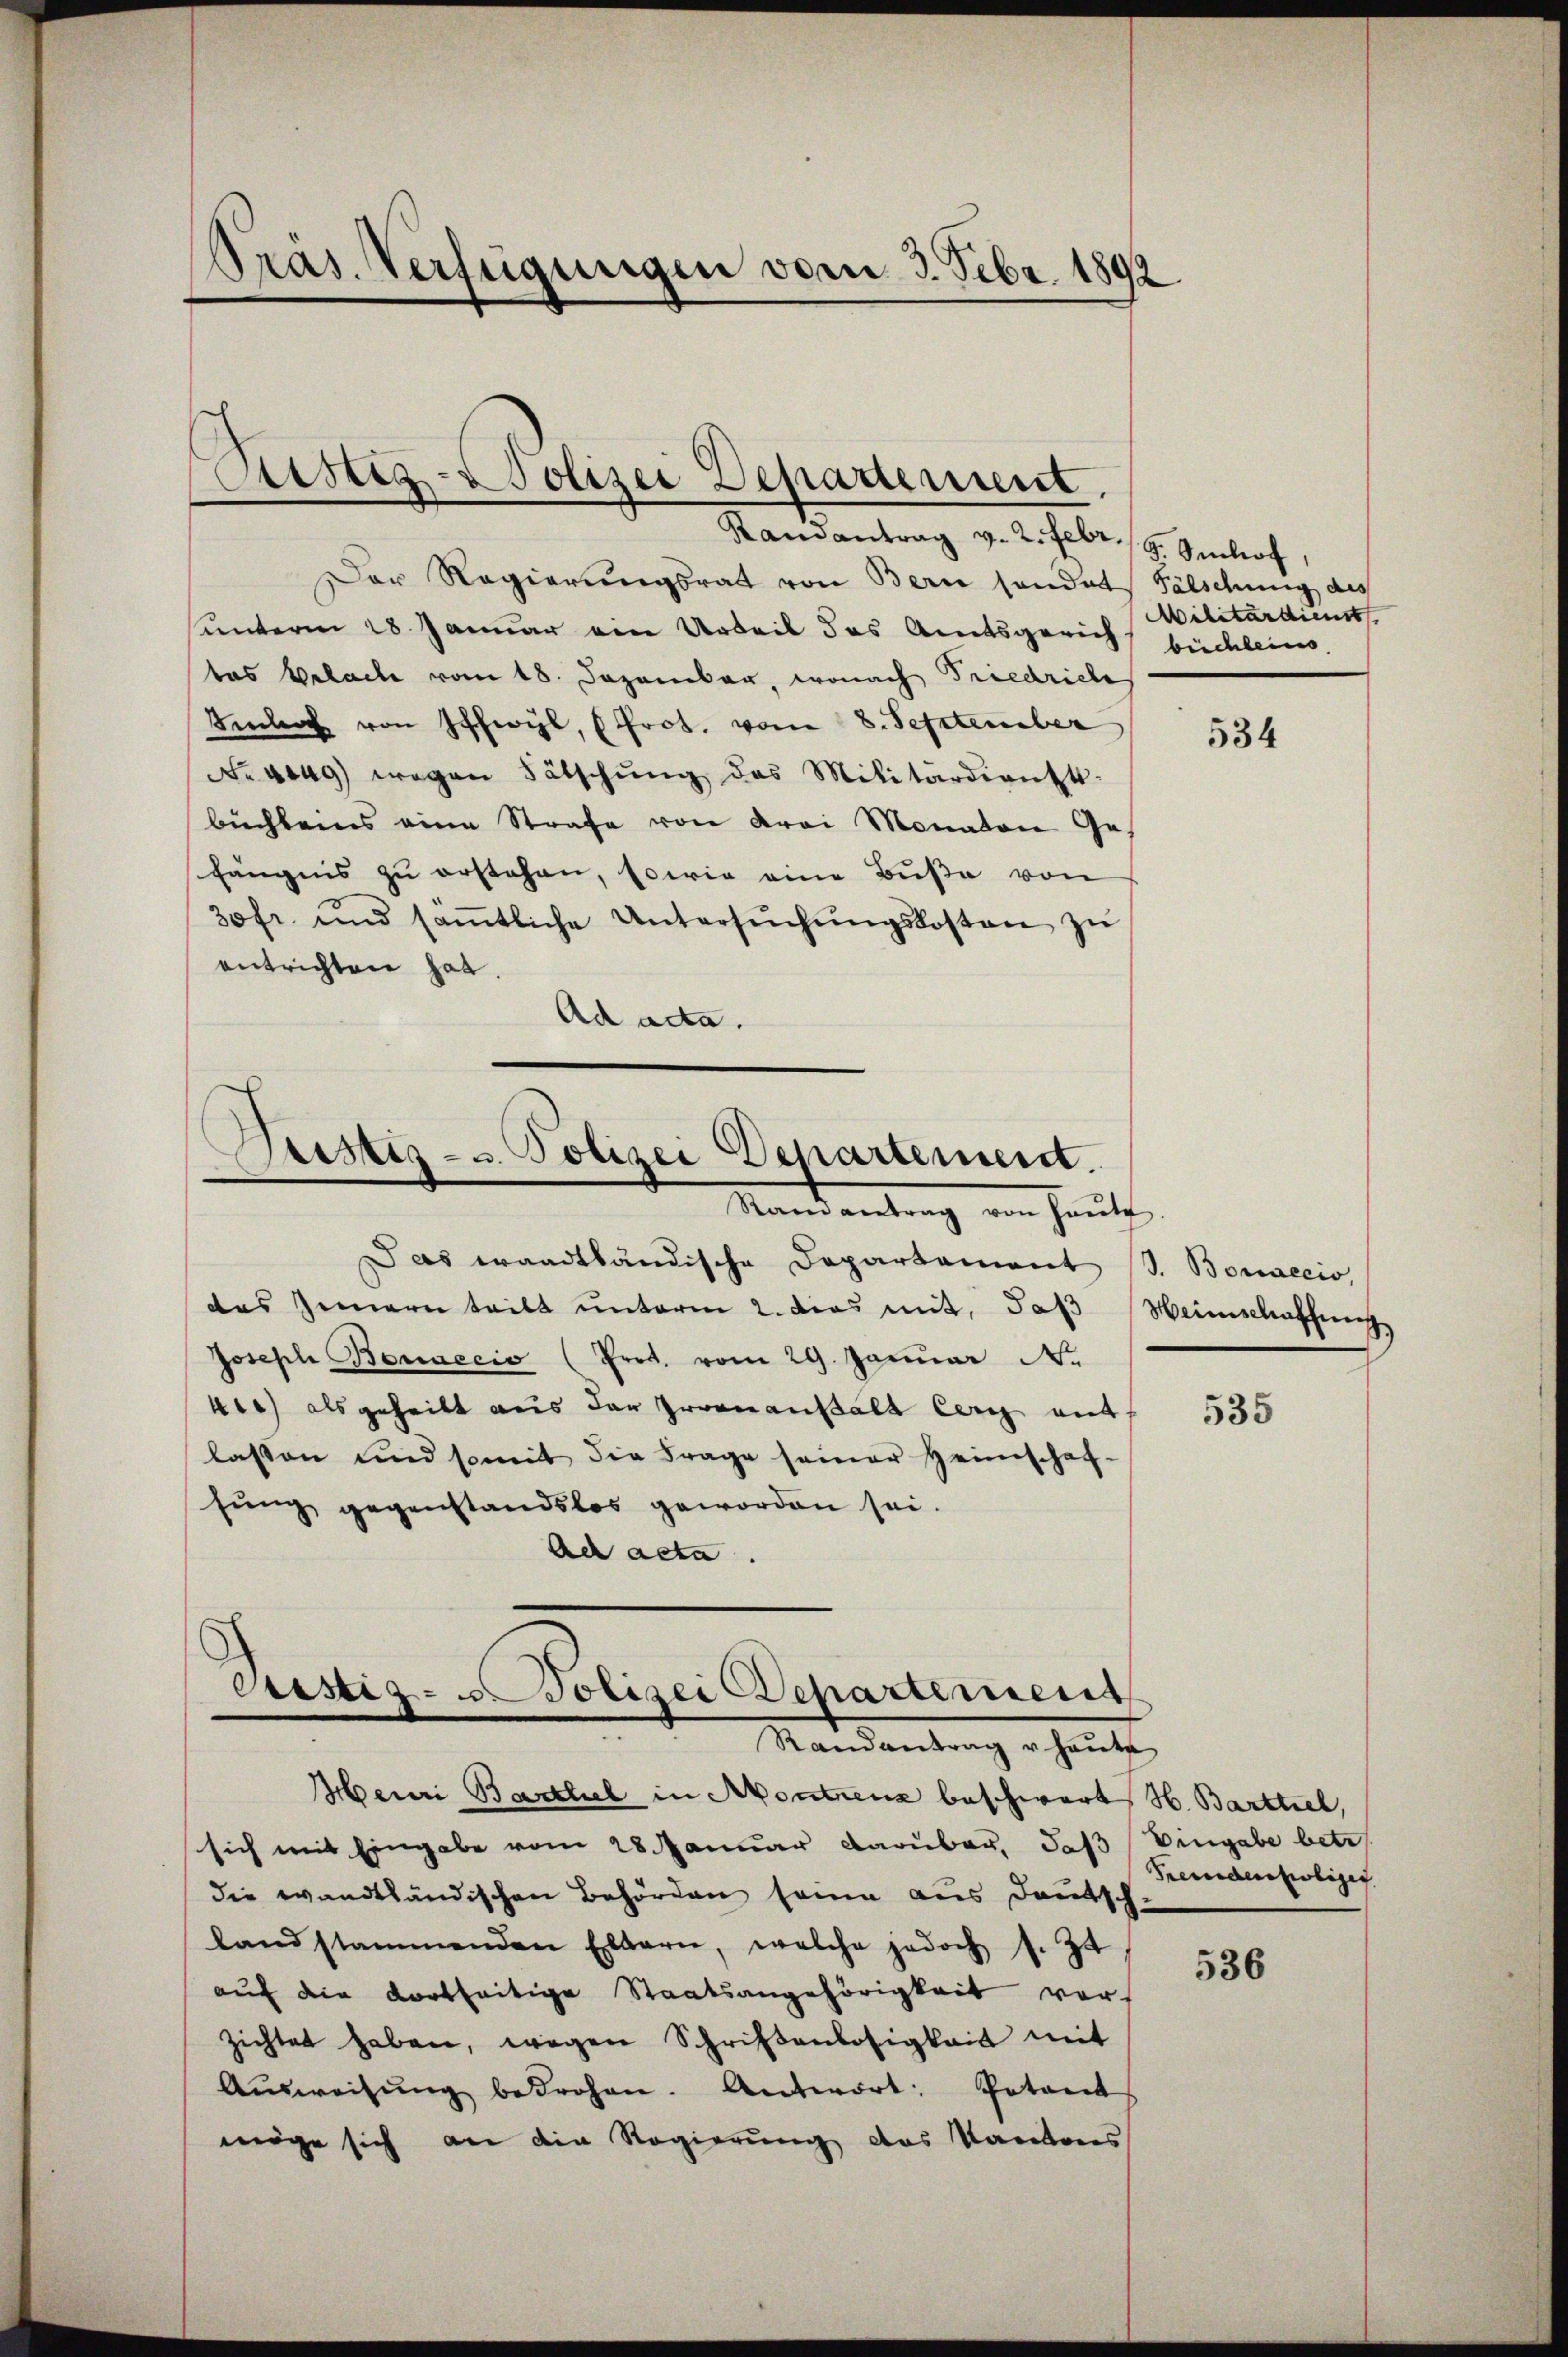
Präs. Verfügungen vom 3. Febr. 1892.

Ristig - Polizei Departement.

Sistiz- u. Polizei Departement.
Randantrag von Haute

Randantrag v. 2. Febr. 19. Selof
Der Regierungsrat von Bern sandat Fälschung des
unterm 28. Januar ein Urteil das Amtsgerich büchlein
das Belache vom 18. Dezember, wonach Friedriche
Sele von Schwyl, Prot. vom 8. September
No 4049) wegen Fälschŭng des Militärdienst-
buchbeins eine Strafe von drei Monaten Gehängnis zu erstehen, sowie eine Buße von
30fr. und saṁtliche Untersŭchŭngskosten zŭ
entrichten hat.
Ad ada.

Das waadtländische Departament (s. Bonaecio,
das Innern teilt ŭnterm 2. dies mit, daβ Heimschaffung
Joseph Bonaecio (Prot. vom 29. Januar N.
41) als geheilt aus der Grenanstalt er mit
lassen und somit die Frage seiner Heimschaf-
sung gegenstandslos geworden sei.
Ad acta.

Cristiz- u. Polizei Departement
Mandantrag ertheilt.

Militärdienst

Meuri Barthel in Montrenz beschwert H. Barttiel,
sich mit Eingabe vom 28. Januar darüber, daß Eingabe betr.
die wandtländischen Behörden same aus deutsch-
land stammenden Elbern, welche jedoch f. 34,
auf die dortseitige Staatsangehörigkeit vor-
zichtet haben, wegen Schriftenlosigkeit mit
Aŭsweisŭng bedrohen. Antwort: Petent
möge sich an die Regierung des Kantons

534

535

Feindentioliges

536